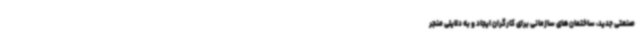
صنعتی جدید، ساختمان‌های سازمانی برای کارگران ایجاد و به دلایلی منجر